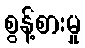
စွန့်စားမှု